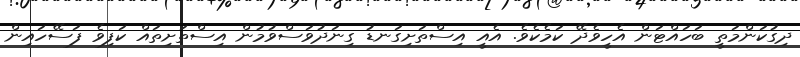
ދިގުކަންމަތީ ބަހައްޓަން އެހީވެދޭ ކަމެކެވެ. އެއީ އިސްތަށިގަނޑު ގިނަދުވަސްވުމުން އިސްތަށިތައް ކަފިވެ ފަސޭހައިން